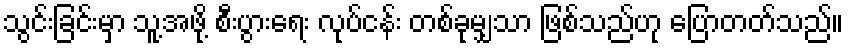
သွင်းခြင်းမှာ သူ့အဖို့ စီးပွားရေး လုပ်ငန်း တစ်ခုမျှသာ ဖြစ်သည်ဟု ပြောတတ်သည်။